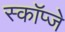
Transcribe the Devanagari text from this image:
स्कॉप्जे